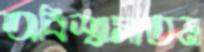
অবিশ্বাস্যতম